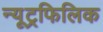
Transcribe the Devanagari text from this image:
न्यूट्रफिलिक